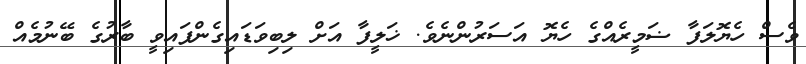
ވެސް ހެޔޮލަފާ ޟަމީރެއްގެ ހެޔޮ އަސަރުންނެވެ. ޚަލީފާ އަށް ލިބިވަޑައިގެންފައިވީ ބާރުގެ ބޭނުމެއް